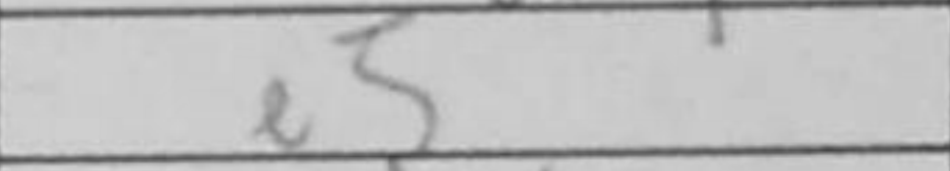
Transcription: e5